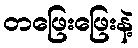
တဖြေးဖြေးနဲ့